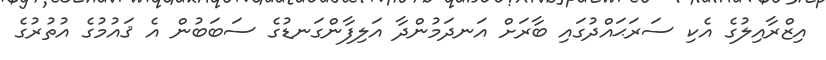
އިޒްރާއިލުގެ އެކި ސަރަޙައްދުގައި ބާރަށް އަނދަމުންދާ އަލިފާންގަނޑުގެ ސަބަބުން އެ ޤައުމުގެ އުތުރުގެ